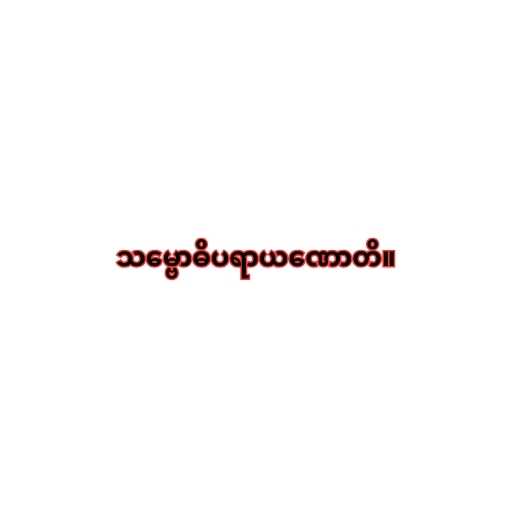
သမ္ဗောဓိပရာယဏောတိ။